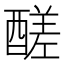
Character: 醝